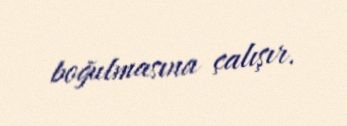
boğulmasına çalışır.